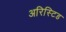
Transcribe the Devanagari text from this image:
अरिस्टिड